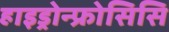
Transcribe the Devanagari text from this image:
हाइड्रोन्फ्रोसिसि